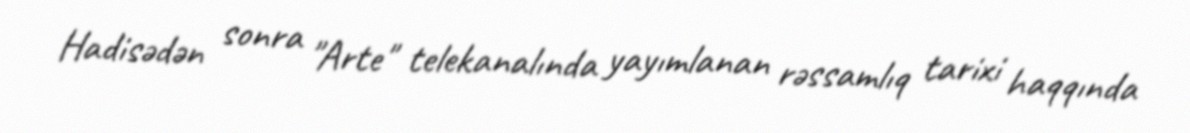
Hadisədən sonra "Arte" telekanalında yayımlanan rəssamlıq tarixi haqqında